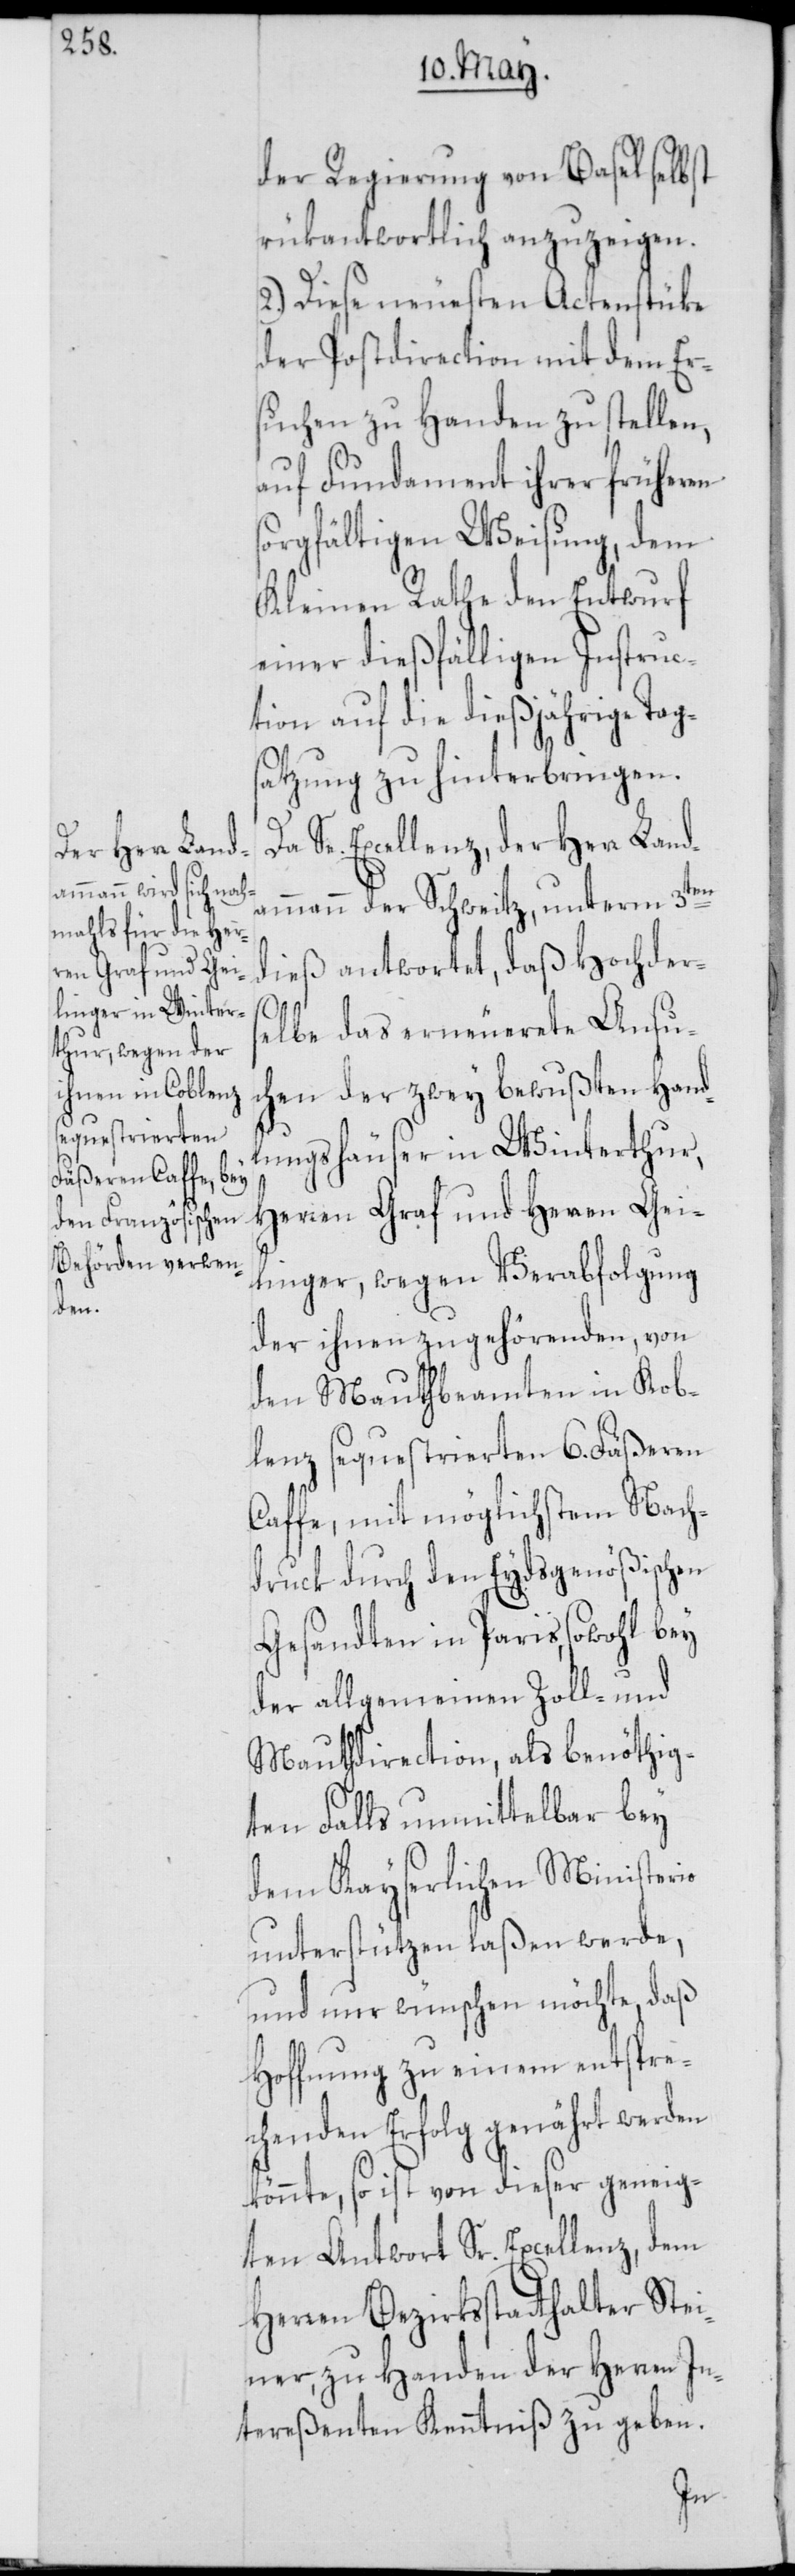
der Regierung von Basel selbst
rükantwortlich anzuzeigen.
2.) Diese neuesten Actenstücke
der Postdirection mit dem Er¬
suchen zu Handen zu stellen,
auf Fundament ihrer früheren
sorgfältigen Weisung, dem
Kleinen Rathe den Entwurf
einer dießfälligen Instruc¬
tion auf die dießjährige Tag¬
satzung zu hinterbringen.
Da Se. Excellenz, der Herr Landa¬
mmann der Schweitz, unterm 3ten
dieß antwortet, daß Hochder¬
selbe das erneuerete Ansu¬
chen der zwey bewußten Hand¬
lungshäuser in Winterthur,
Herren Graf und Herren Gei¬
linger, wegen Verabfolgung
der ihnen zugehörenden, von
den Mauthbeamten in Kob¬
lenz sequestrierten 6. Fäßeren
Caffe, mit möglichstem Nach¬
druck durch den Eydsgenößischen
Gesandten in Paris, sowohl bey
der allgemeinen Zoll- und
Mauthdirection, als benöthig¬
ten Falls unmittelbar bey
dem Kayserlichen Ministerio
unterstützen laßen werde,
und nur wünschen möchte, daß
Hoffnung zu einem entspre¬
chenden Erfolg genährt werden
könnte, so ist von dieser geneig¬
ten Antwort Sr. Excellenz, dem
Herren Bezirksstatthalter Stei¬
ner, zu Handen der Herren In¬
tereßenten Kenntniß zu geben.